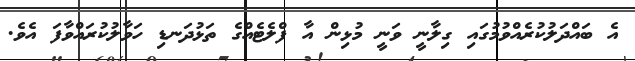
އެ ބައްދަލުކުރެއްވުމުގައި ގިލާނީ ވަނީ މުޅިން އާ ފްލެެޓެއްގެ ތަޅުދަނޑި ހަވާލުކުރައްވާފަ އެވެ.